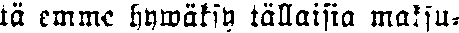
tä emme hywäksy tällaisia maksu-